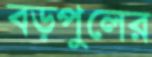
বড়পুলের